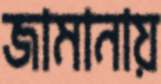
জামানায়